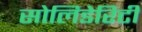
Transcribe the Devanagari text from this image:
सोलिडेरिटी